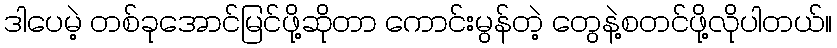
ဒါပေမဲ့ တစ်ခုအောင်မြင်ဖို့ဆိုတာ ကောင်းမွန်တဲ့ တွေနဲ့စတင်ဖို့လိုပါတယ်။